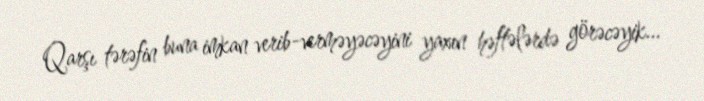
Qarşı tərəfin buna imkan verib-verməyəcəyini yaxın həftələrdə görəcəyik...